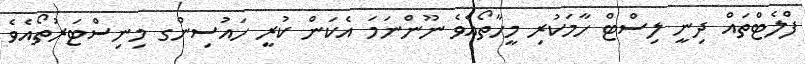
ފްލެޓްތައް ދިނީ ލިސްޓް ހާމަކުރި މީހާތޯއެވެ ނޫންނަމަ އެކަން ކުރީ ހައުސިންގ މިނިސްޓަރުތޯއެވެ